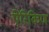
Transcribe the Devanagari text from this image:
ऐरिकिण